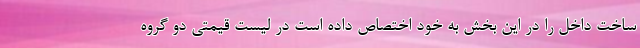
ساخت داخل را در این بخش به خود اختصاص داده است در لیست قیمتی دو گروه